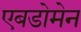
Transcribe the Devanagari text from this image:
एबडोमेन